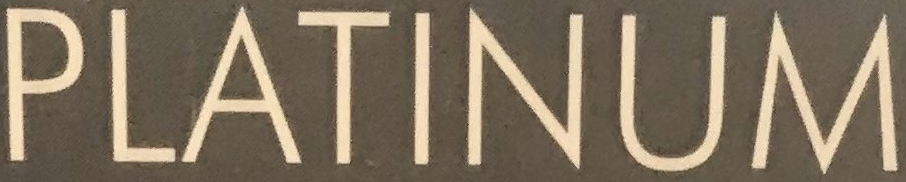
PLATINUM